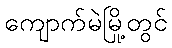
ကျောက်မဲမြို့တွင်